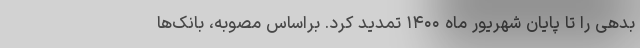
بدهی را تا پایان شهریور ماه ۱۴۰۰ تمدید کرد. براساس مصوبه، بانک‌ها